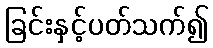
ခြင်းနှင့်ပတ်သက်၍